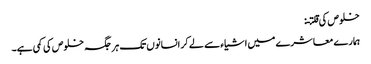
خلوص کی قلتـ:
ہمار ے معاشرے میں اشیاء سے لے کر انسانوں تک ہر جگہ خلوص کی کمی ہے۔